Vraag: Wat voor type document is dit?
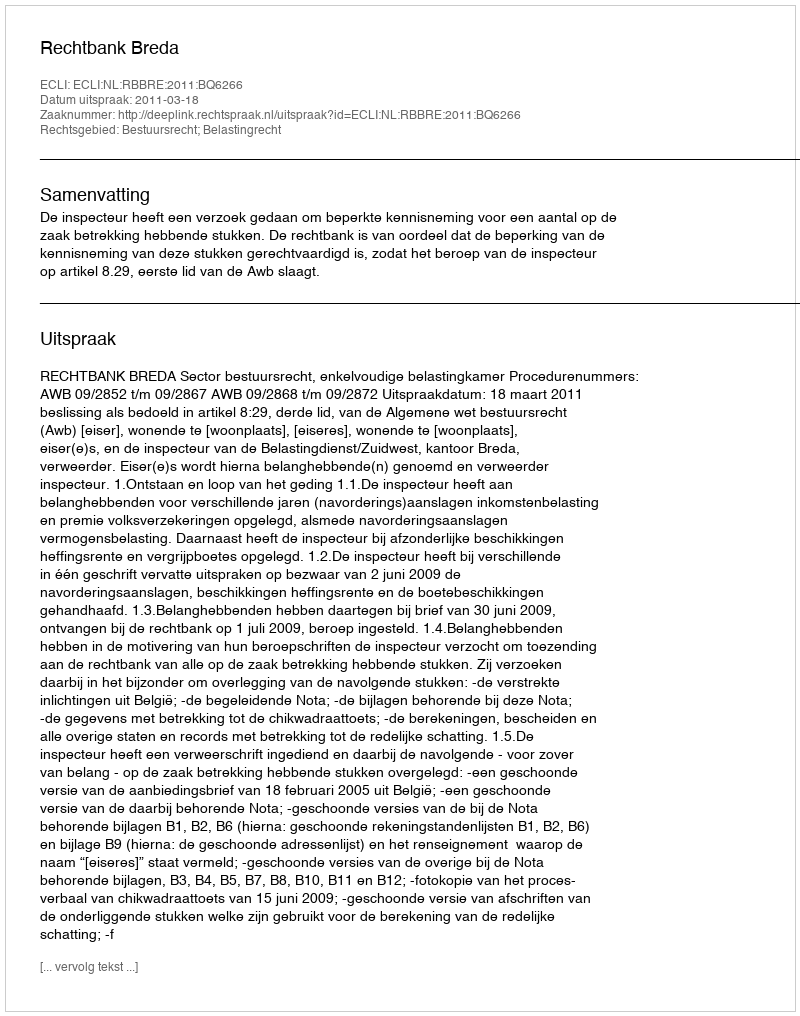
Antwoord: Uitspraak